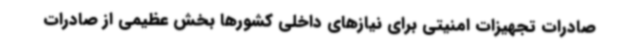
صادرات تجهیزات امنیتی برای نیازهای داخلی کشورها بخش عظیمی از صادرات